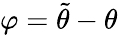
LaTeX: \varphi=\widetilde{\theta}-\theta